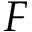
F